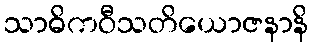
သာဓိကဝီသတိယောဇနာနိ